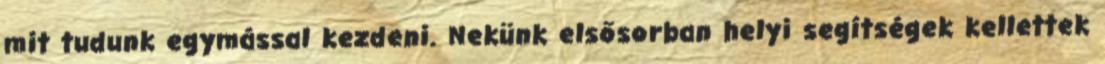
mit tudunk egymással kezdeni. Nekünk elsősorban helyi segítségek kellettek